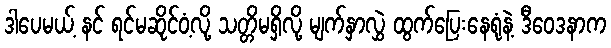
ဒါပေမယ့် နင် ရင်မဆိုင်ဝံ့လို့ သတ္တိမရှိလို့ မျက်နှာလွှဲ ထွက်ပြေးနေရုံနဲ့ ဒီဝေဒနာက